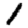
Digit: 1